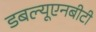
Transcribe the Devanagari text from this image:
डबल्यूएनबीटी